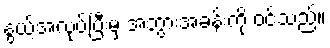
နွယ့်အလုပ်ပြီးမှ အဘွားအခန်းကို ဝင်သည်။